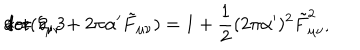
\mathrm { d e t } ( \delta _ { \mu \nu } + 2 \pi \alpha ^ { \prime } \tilde { F } _ { \mu \nu } ) = 1 + \frac { 1 } { 2 } ( 2 \pi \alpha ^ { \prime } ) ^ { 2 } \tilde { F } _ { \mu \nu } ^ { 2 } , \hspace { 1 c m } \mathrm { f o r } \hspace { 0 . 3 c m } d = 2 , 3